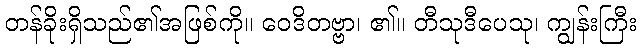
တန်ခိုးရှိသည်၏အဖြစ်ကို။ ဝေဒိတဗ္ဗာ၊ ၏။ တီသုဒီပေသု၊ ကျွန်းကြီး